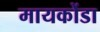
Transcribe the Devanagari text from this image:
मायकोंडा